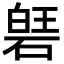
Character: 𮀱